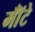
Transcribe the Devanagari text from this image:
मॉँटे